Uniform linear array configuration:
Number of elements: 24
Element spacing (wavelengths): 0.5
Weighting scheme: binomial
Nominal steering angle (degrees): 15
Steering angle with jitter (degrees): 14.929
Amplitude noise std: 0.05
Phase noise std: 0.05

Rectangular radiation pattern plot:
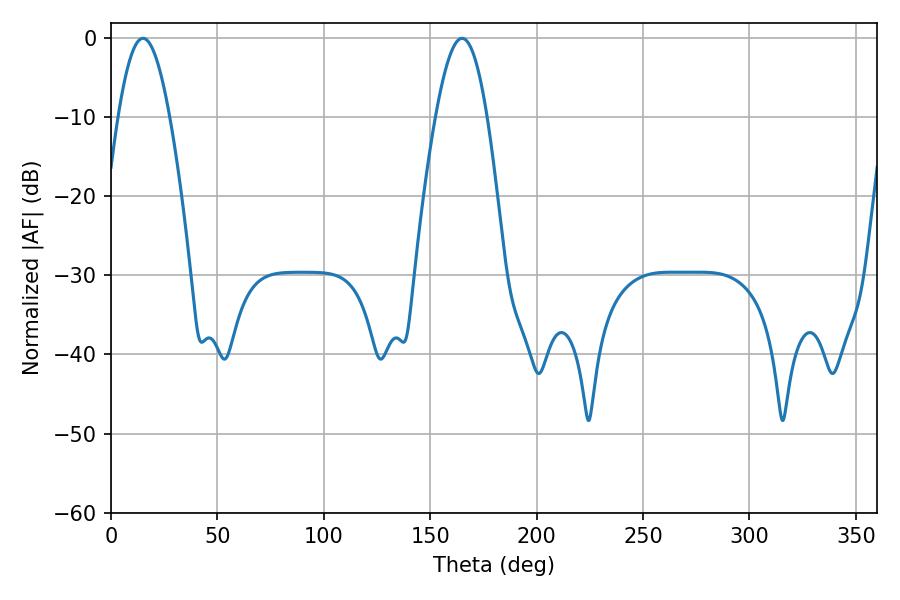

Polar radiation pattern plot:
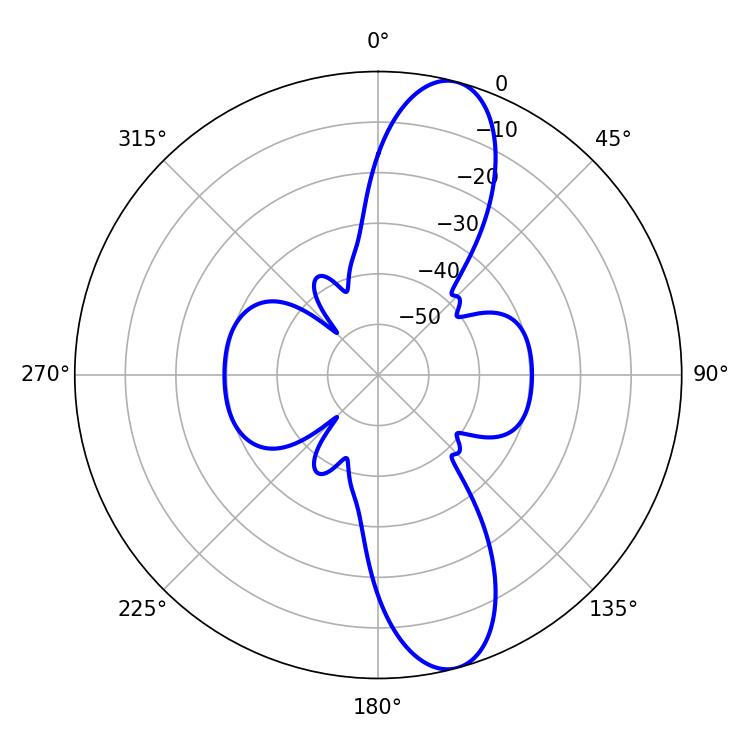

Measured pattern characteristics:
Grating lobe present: FALSE
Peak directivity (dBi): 11.878
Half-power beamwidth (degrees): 13.14
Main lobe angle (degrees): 15.12